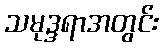
သမုဒ္ဒရာအတွင်း